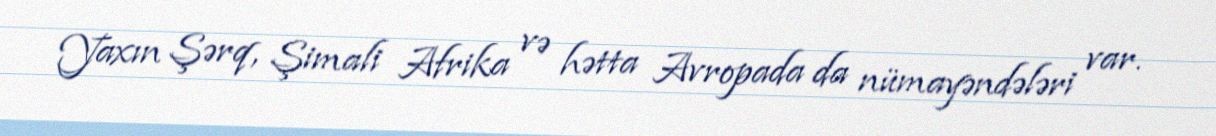
Yaxın Şərq, Şimali Afrika və hətta Avropada da nümayəndələri var.